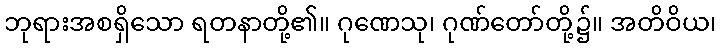
ဘုရားအစရှိသော ရတနာတို့၏။ ဂုဏေသု၊ ဂုဏ်တော်တို့၌။ အတိဝိယ၊